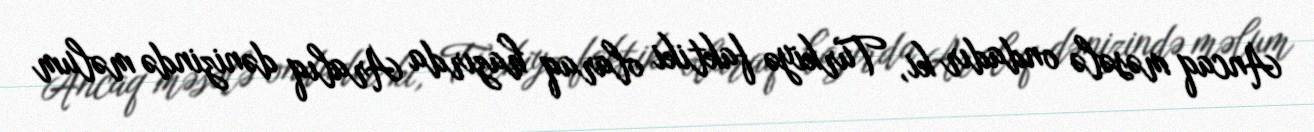
Ancaq məsələ ondadır ki, Türkiyə faktiki olaraq hazırda Aralıq dənizində məlum